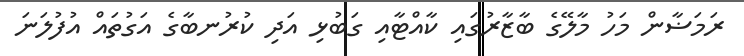
ރަމަޟާން މަހު މާލޭގެ ބާޒާރުގައި ކާއްޓާއި ގަބުޅި އަދި ކުރުނބާގެ އަގުތައް އުފުލަނަ